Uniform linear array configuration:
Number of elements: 24
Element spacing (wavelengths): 0.25
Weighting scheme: hann
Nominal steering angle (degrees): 30
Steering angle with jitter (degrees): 30.315
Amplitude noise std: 0.05
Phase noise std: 0.05

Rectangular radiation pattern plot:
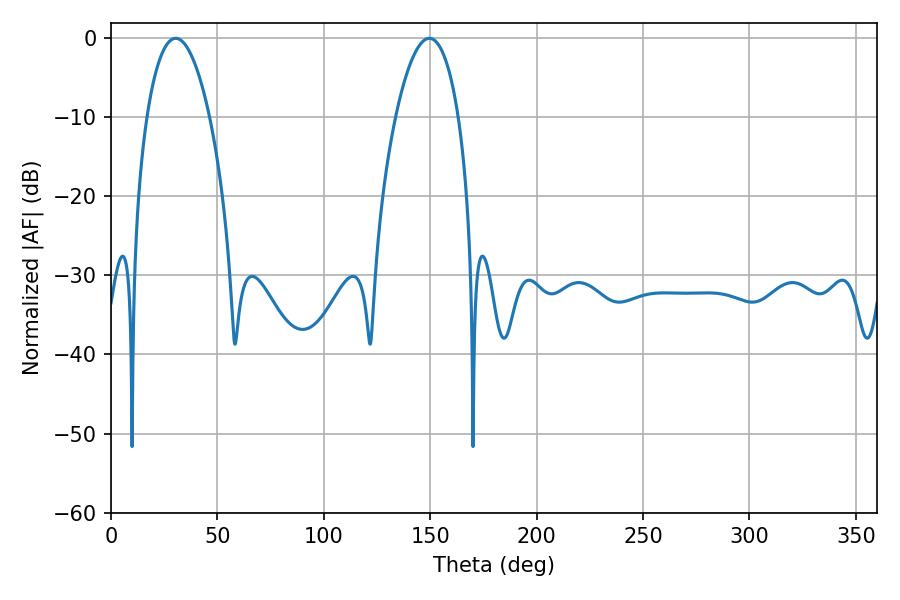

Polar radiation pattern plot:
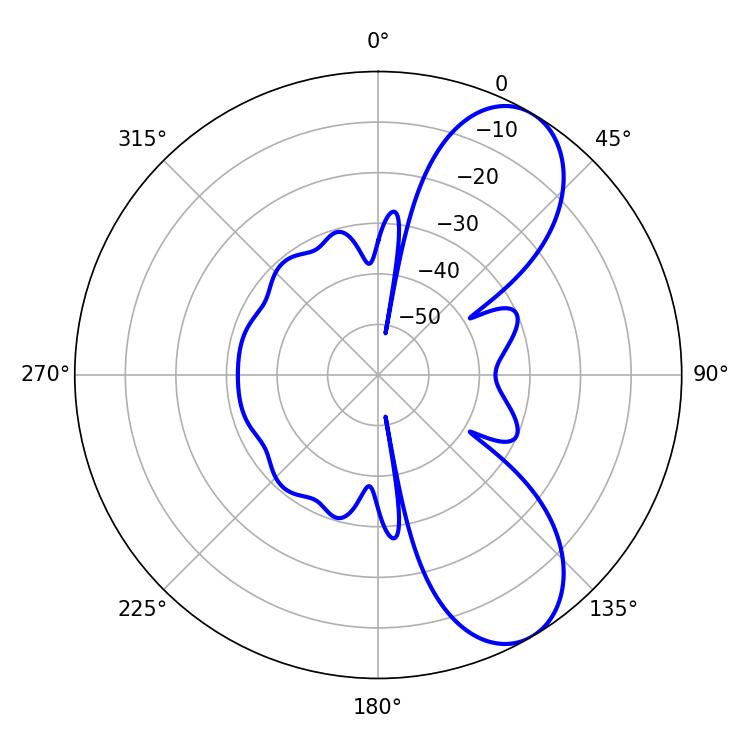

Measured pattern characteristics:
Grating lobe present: FALSE
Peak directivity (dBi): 8.068
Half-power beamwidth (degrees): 16.56
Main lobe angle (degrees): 30.42